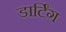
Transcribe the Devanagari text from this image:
डार्टिंग